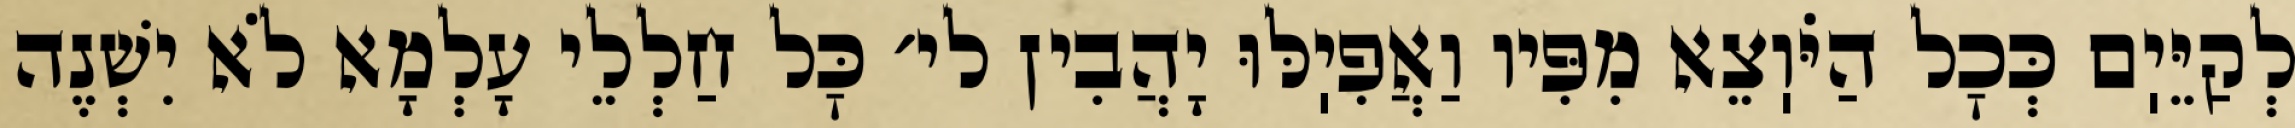
לְקַיֵּיֽם כְּכׇל הַיֹּוֽצֵא מִפִּיו וַאֲפִיֽלּוּ יָהֲבִין לי׳ כׇּל חַלְלֵי עָלְמָא לֹא יִשְׁנֶה